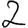
Digit: 2